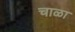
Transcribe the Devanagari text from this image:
चाळा